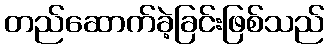
တည်ဆောက်ခဲ့ခြင်းဖြစ်သည်